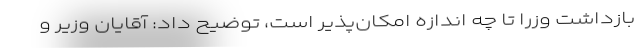
بازداشت وزرا تا چه اندازه امکان‌پذیر است، توضیح داد: آقایان وزیر و